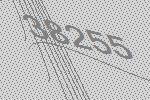
38255